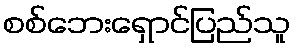
စစ်ဘေးရှောင်ပြည်သူ